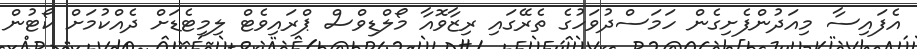
އެފައިސާ މިއަދުންފެށިގެން ހަމަސްދުވަހުގެ ތެރޭގައި ރިޒާވޮއާ މޯލްޑިވްސް ޕްރައިވެޓް ލިމިޓެޑަށް ދެއްކުމަށް ކޯޓުން